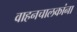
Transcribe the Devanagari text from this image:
वाहनचालकांना